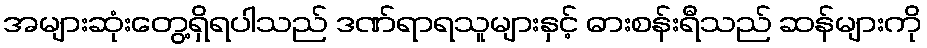
အများဆုံးတွေ့ရှိရပါသည် ဒဏ်ရာရသူများနှင့် ဓားစန်းရီသည် ဆန်များကို